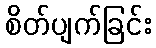
စိတ်ပျက်ခြင်း